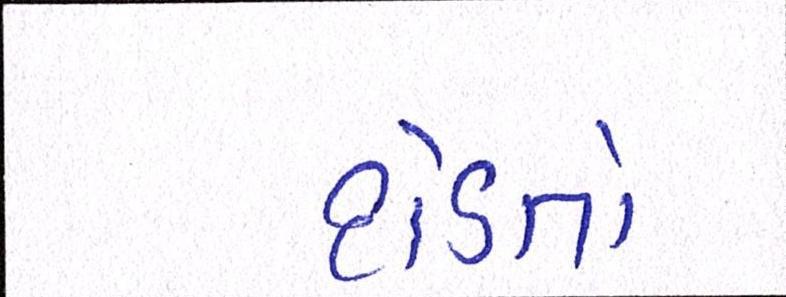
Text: દોડતો